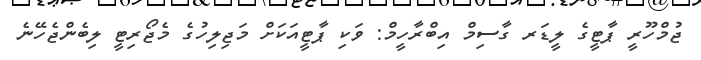
ޖުމްހޫރީ ޕާޓީގެ ލީޑަރ ގާސިމް އިބްރާހީމް: ވަކި ޕާޓީއަކަށް މަޖިލިހުގެ މެޖޯރިޓީ ލިބެންޖެހޭނެ